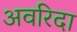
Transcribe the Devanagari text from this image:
अवरिदा